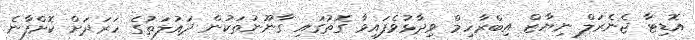
އޮޑިޓާ ޖެނެރަލް ނިޔާޒް އިބްރާހިމް ވިދާޅުވެފައިވާ ގޮތުގައި ގާނޫނުތަކުން ދައުލަތުގެ ހަރަދަށް ކޮށްފާނެ